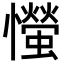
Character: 𢤨